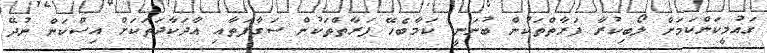
ގައުމީކަންކަމަށް ލޯބިކުރާ ފަރާތްތަކުން ބުނަނީ ކަމާބެހޭ ފަރާތްތަކުން ސަގާފަތާއި އާދަކާދަތަކަށް އިސްކަން ނުދޭ